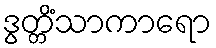
ဒွတ္တိံသာကာရော